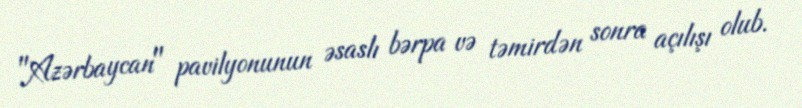
"Azərbaycan" pavilyonunun əsaslı bərpa və təmirdən sonra açılışı olub.